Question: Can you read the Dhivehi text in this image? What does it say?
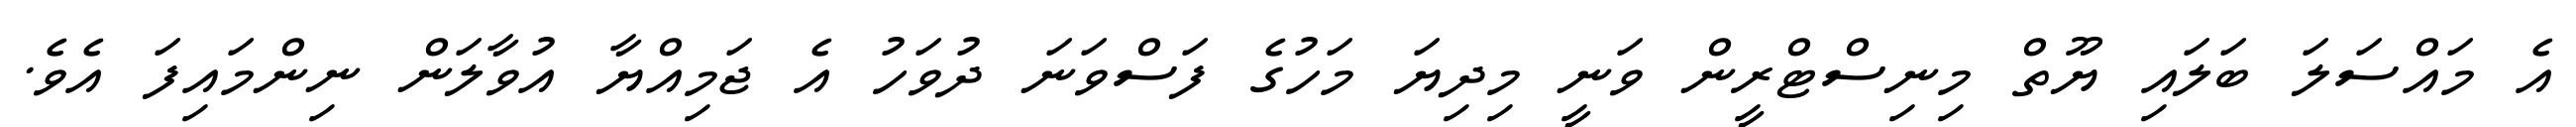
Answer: އެ މައްސަލަ ބަލައި ޔޫތް މިނިސްޓްރީން ވަނީ މިދިޔަ މަހުގެ ފަސްވަނަ ދުވަހު އެ ޖަމިއްޔާ އުވާލަން ނިންމައިފަ އެވެ.